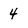
Character: 4